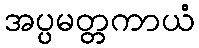
အပ္ပမတ္တကာယံ